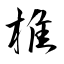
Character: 椎